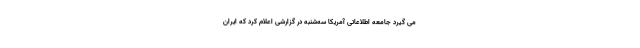
می گیرد جامعه اطلاعاتی آمریکا سه‌شنبه در گزارشی اعلام کرد که ایران